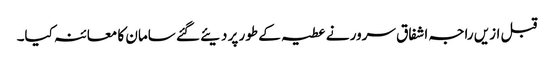
قبل ازیں راجہ اشفاق سرور نے عطیہ کے طور پر دیئے گئے سامان کا معائنہ کیا۔